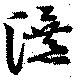
瀑